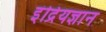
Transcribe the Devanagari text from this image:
इंद्रियज्ञान